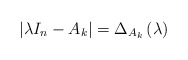
\begin{align*}\left\vert \lambda I_{n}-A_{k}\right\vert =\Delta _{A_{k}}\left( \lambda\right) \end{align*}